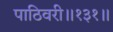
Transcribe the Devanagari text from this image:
पाठिवरी॥१३१॥